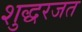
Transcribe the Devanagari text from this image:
शुद्धरजत